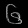
Digit: ၆